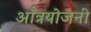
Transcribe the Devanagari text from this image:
आँत्रयोजनी